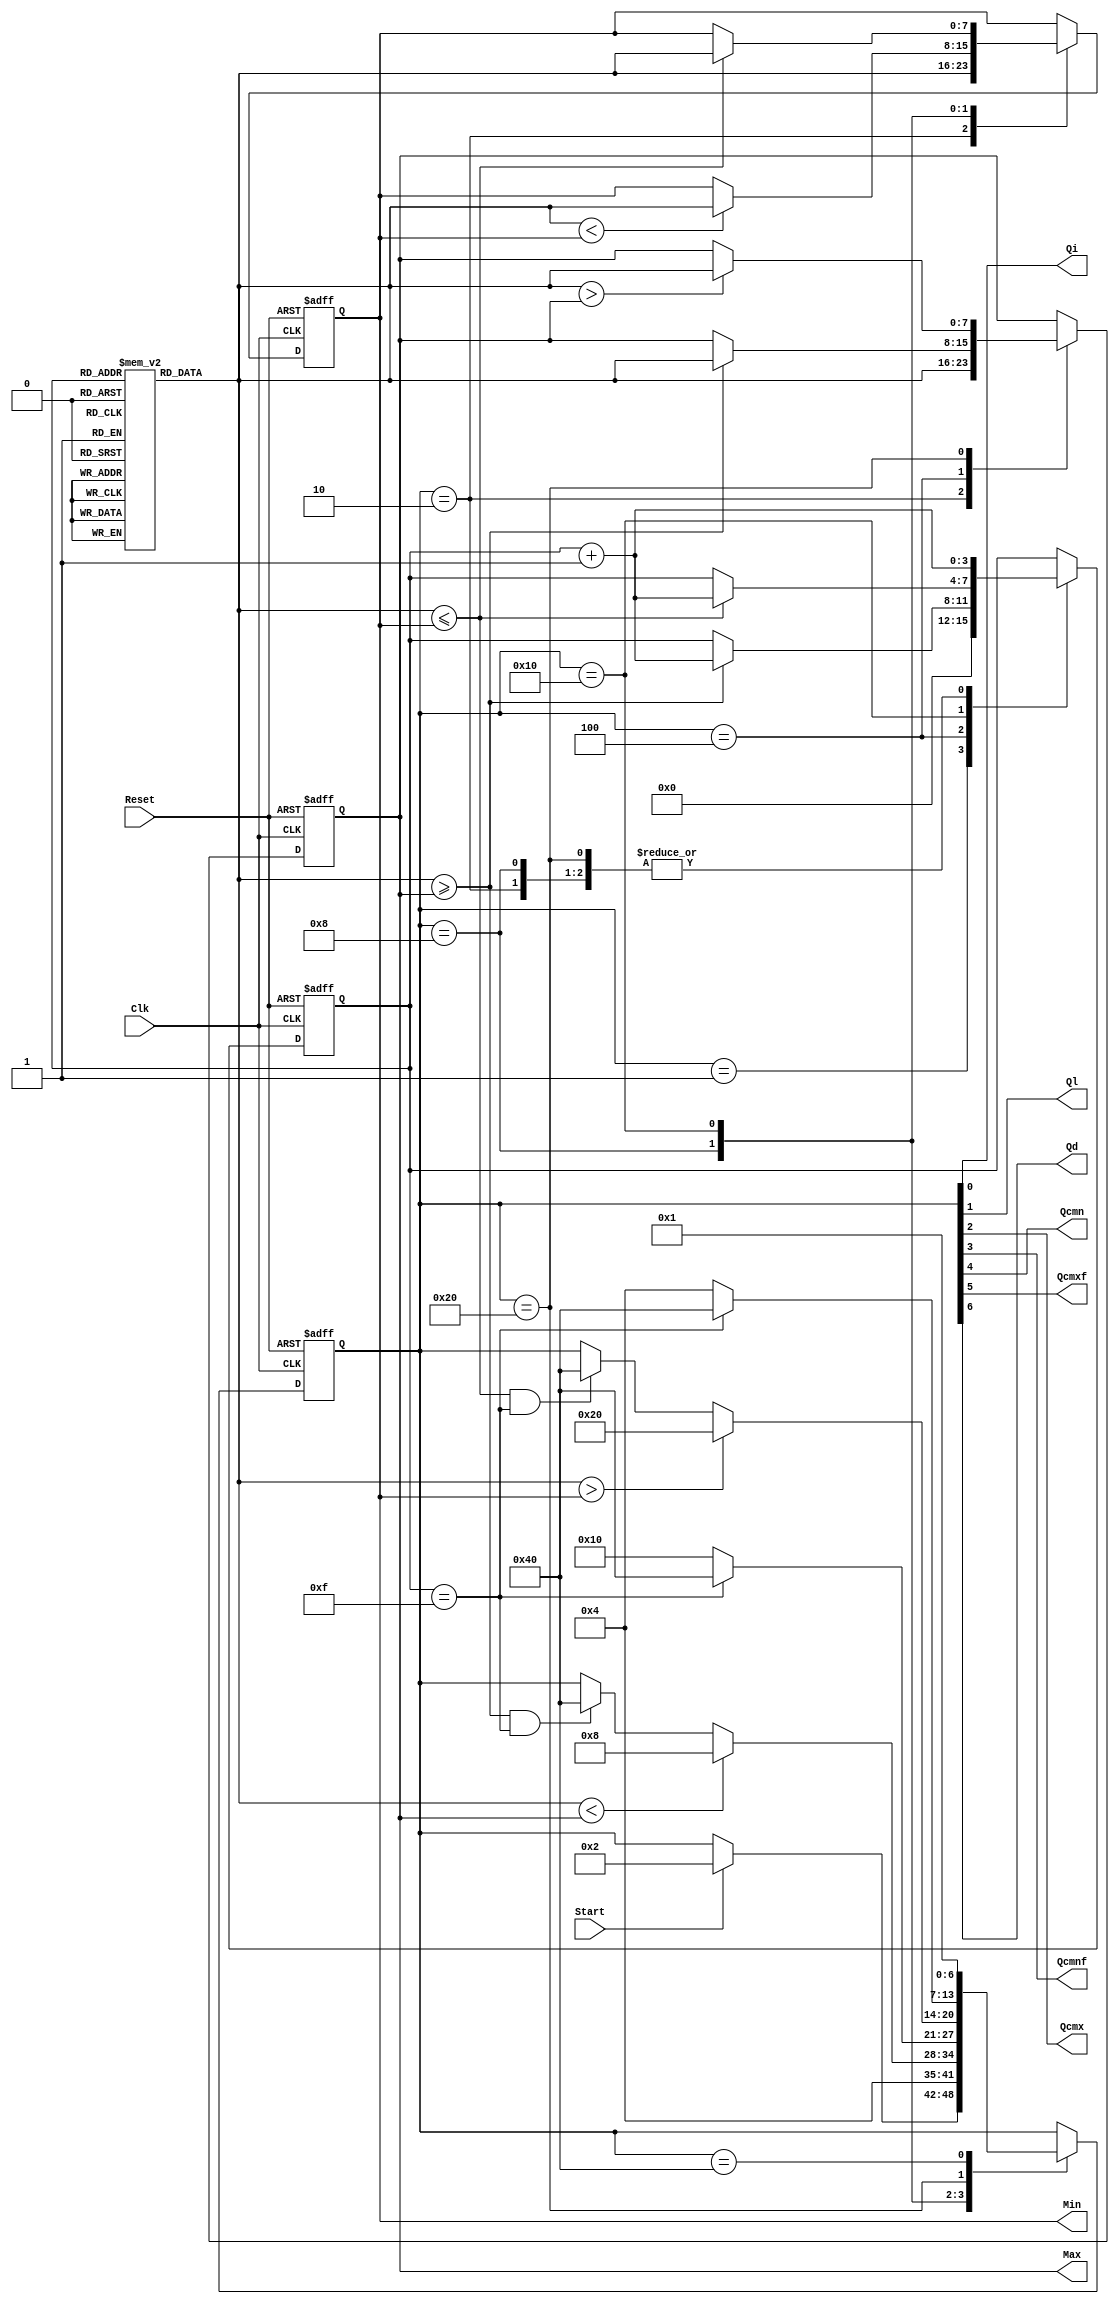
// EE457 RTL Exercises
// min_max_finder_part3_M1.v (Part 3 method 1 uses one comparison unit like part 2)
// Written by Gandhi Puvvada
// June 4, 2010, 
// Given an array of 16 unsigned 8-bit numbers, we need to find the maximum and the minimum number
 

`timescale 1 ns / 100 ps

module min_max_finder_part3_M1 (Max, Min, Start, Clk, Reset, 
				           Qi, Ql, Qcmx, Qcmnf, Qcmn, Qcmxf, Qd);

input Start, Clk, Reset;
output [7:0] Max, Min;
output Qi, Ql, Qcmx, Qcmnf, Qcmn, Qcmxf, Qd;

reg [7:0] M [0:15]; 

reg [6:0] state;
reg [7:0] Max;
reg [7:0] Min;
reg [3:0] I;

localparam 
INI  = 	7'b0000001, // "Initial" state
LOAD = 	7'b0000010, // "Load Max and Min with 1st Element" state
CMx = 	7'b0000100, // "Compare each number with Max and Update Max if needed" state
CMnF = 	7'b0001000, // "Compare with Min. for the first time after a sequence of comparisons in the CMx" state
CMn = 	7'b0010000, // "Compare each number with Min and Update Min if needed" state
CMxF = 	7'b0100000, // "Comparing with Max. for the first time after a sequence of comparisons in the CMn" state
DONE = 	7'b1000000; // "Done finding Min and Max" state
         
         
assign {Qd, Qcmxf, Qcmn, Qcmnf, Qcmx, Ql, Qi} = state;  

always @(posedge Clk, posedge Reset) 

  begin  : CU_n_DU
    if (Reset)
       begin
         state <= INI;
         I <= 4'bXXXX;   // to avoid recirculating mux controlled by Reset 
	      Max <= 8'bXXXXXXXX;
	      Min <= 8'bXXXXXXXX;
	    end
    else
       begin
           case (state)
	        INI	: 
	          begin
		         // state transitions in the control unit
		         if (Start)
		           state <= LOAD;
		         // RTL operations in the Data Path            	              
		        I <= 0;
	          end
	        LOAD	:
	          begin
		           // RTL operations in the Data Path  
		           Max <= M[I]; // Load M[I] into Max
		           Min <= M[I]; // Load M[I] into Min
		           I <= I + 1;  // Increment I
		           // state transitions in the control unit
		           state <= CMx; // Transit unconditionally to the CMx state         
 	          end
	        
	        CMx :
	          begin 
			   // RTL operations in the Data Path   		                  
					if (M[I] >= Max)
					begin
						Max <= M[I];
						I <= I + 1;
					end
			   // state transitions in the control unit    
					if (M[I] >= Max && I == 15)
						state <= DONE;
					if (M[I] < Max)
						state <= CMnF;
			   end
			  
	        CMnF :
	          begin // 
				// RTL operations in the Data Path 
					if (M[I] < Min)
						Min <= M[I];
					I <= I + 1;
				// state transitions in the control unit 
					if (I == 15)
						state <= DONE;
					else
						state <= CMn;
			  end

	        CMn :
	          begin 
 			   // RTL operations in the Data Path   		                  
					if (M[I] <= Min)
					begin
						Min <= M[I];
						I <= I + 1;
					end
			   // state transitions in the control unit    
					if (M[I] <= Min && I == 15)
						state <= DONE;
					if (M[I] > Min)
						state <= CMxF;
			  end

	        CMxF :
	          begin // 
				// RTL operations in the Data Path 
					if (M[I] > Max)
						Max <= M[I];
					I <= I + 1;
				// state transitions in the control unit 
					if (I == 15)
						state <= DONE;
					else
						state <= CMx;
			  end

	        DONE	:
	          begin  
		         // state transitions in the control unit
		           state <= INI; // Transit to INI state unconditionally
		       end    
      endcase
    end 
  end 
endmodule